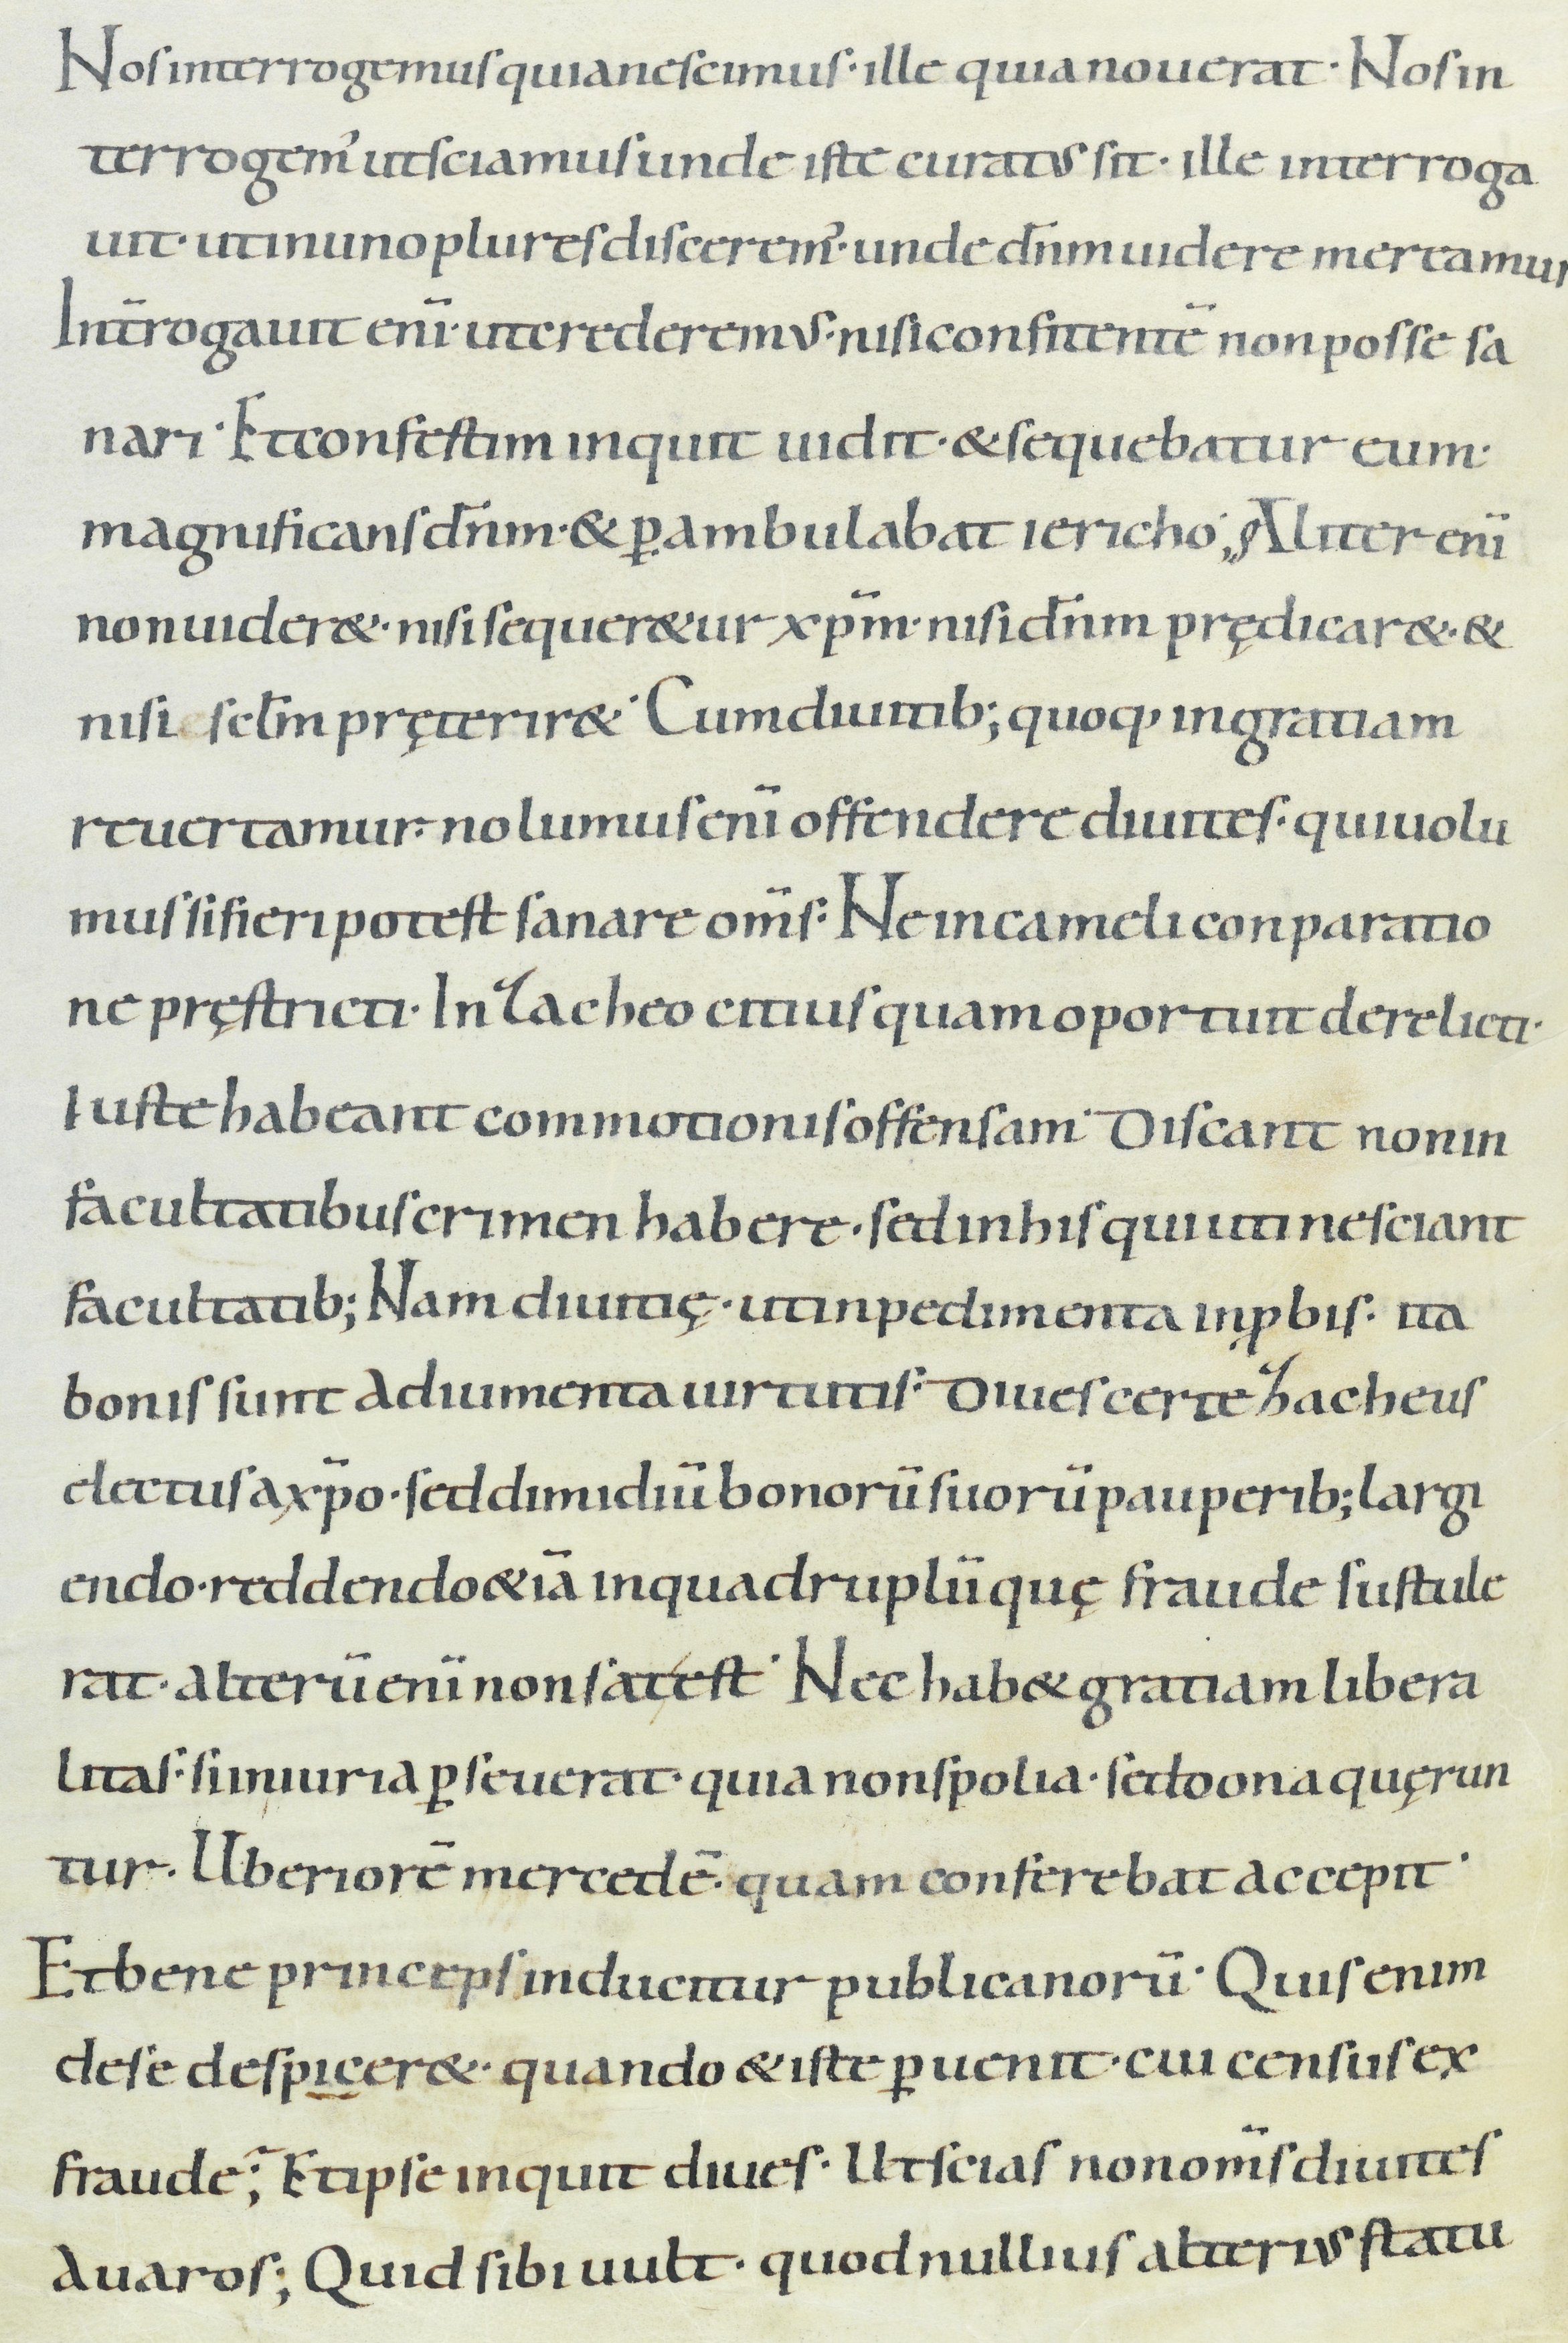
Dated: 900–999